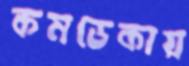
কমডেকায়